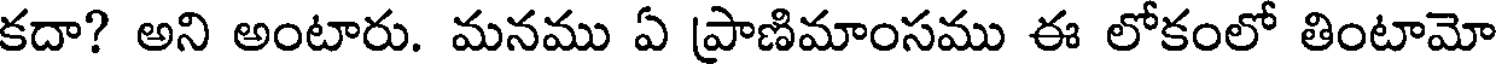
కదా? అని అంటారు. మనము ఏ ప్రాణిమాంసము ఈ లోకంలో తింటామో